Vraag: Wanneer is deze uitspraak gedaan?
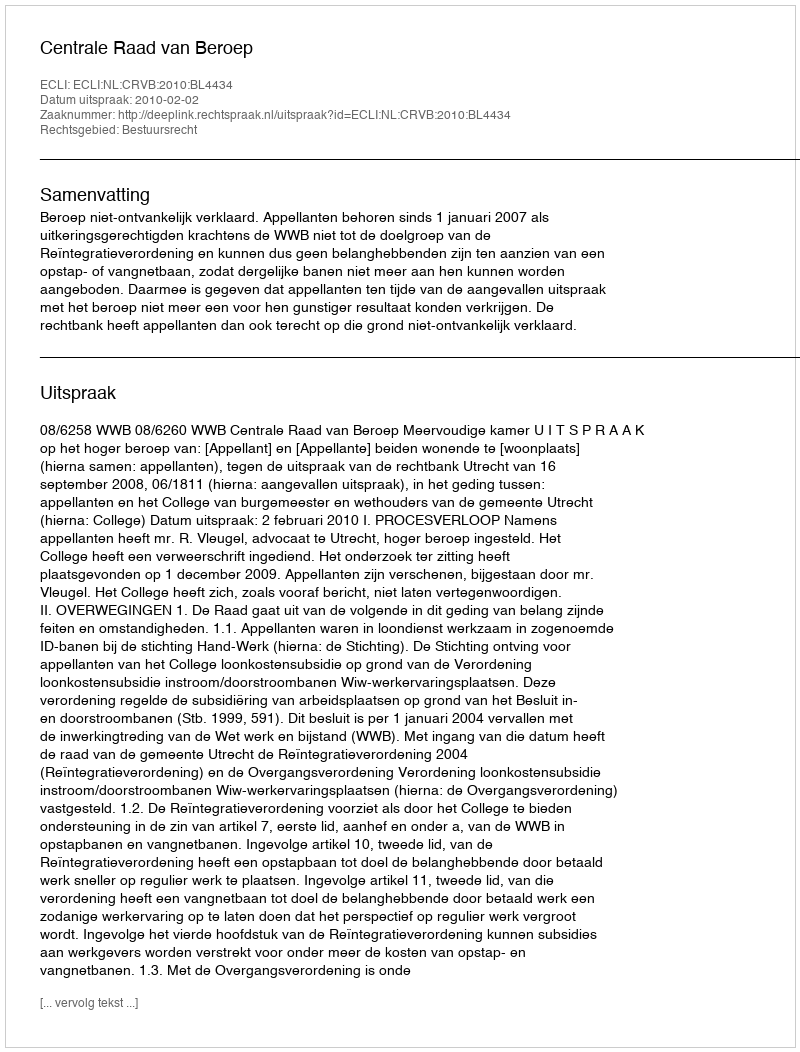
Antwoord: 2010-02-02